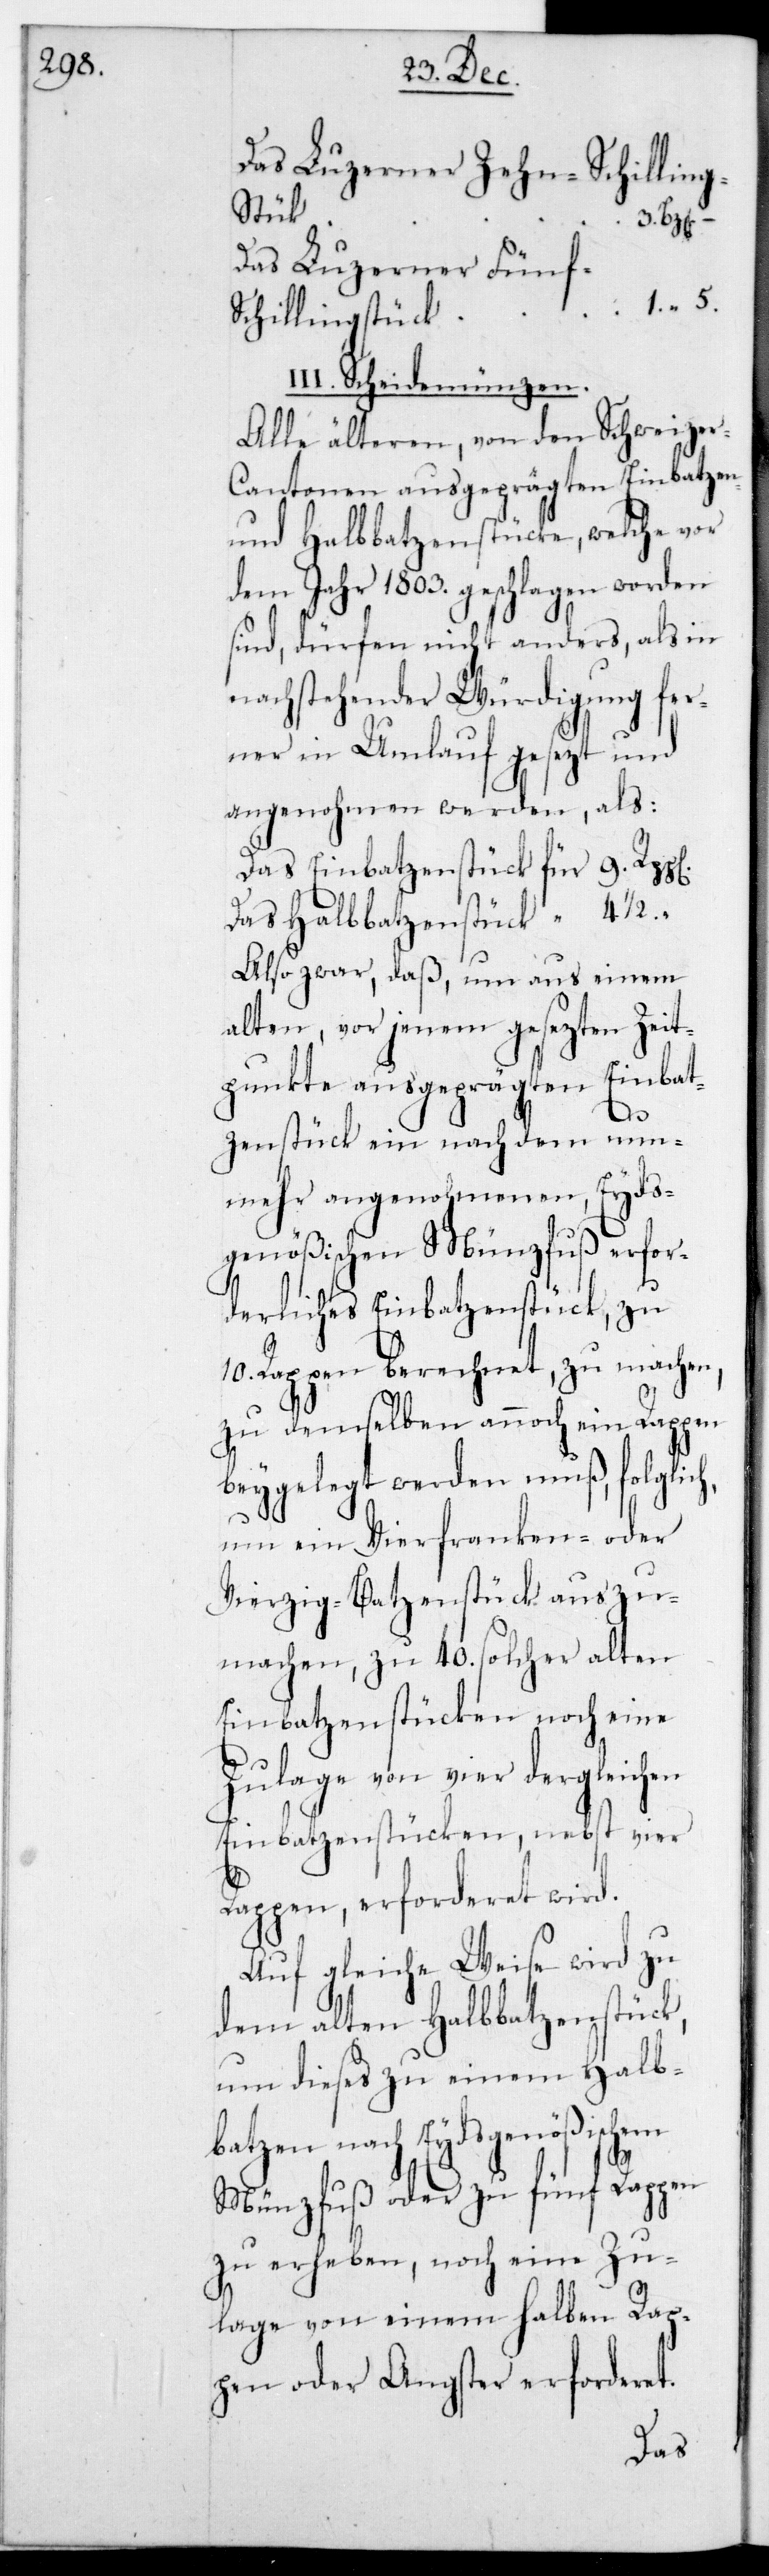
Das Luzerner Zehn-Schilling¬
stück
Das Luzerner Fünf-S¬
1. 5.
chillingstück
III. Scheidemünzen.
Alle älteren, von den Schweize¬
r-Cantonen ausgeprägten Einbatzen-
und Halbbatzenstücke, welche vor
dem Jahr 1803. geschlagen worden
sind, dürfen nicht anders, als in
nachstehender Würdigung fer¬
ner in Umlauf gesetzt und
angenohmen werden, als:
Das Einbatzenstück 9.
Das Halbbatzenstück 4 1/2 “.
Also zwar, daß, um aus einem
alten, von jenem gesetzten Zeit¬
punkte ausgeprägten Einbat¬
3.
zenstück ein nach dem nun¬
mehr angenohmenen, Eyds¬
genößischen Münzfuß erfor¬
derliches Einbatzenstück, zu
Rappen berechnet, zu machen,
zu demselben annoch ein Rappen
beygelegt werden muß, folglich
um ein Vierfranken- oder
Vierzigbatzenstück auszu¬
machen, zu 40. solcher alten
Einbatzenstücken noch eine
Zulage von vier dergleichen
Einbatzenstücken, nebst vier
Rappen, erforderet wird.
Auf gleiche Weise wird zu
dem alten Halbbatzenstück,
um dieses zu einem Halb¬
batzen nach Eydsgenössischem
Münzfuss oder zu fünf Rappen
zu erheben, noch eine Zu¬
lage von einem halben Rap¬
pen oder Angster erforderet.